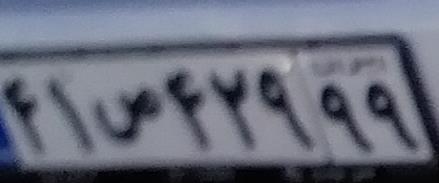
۴۱ص۴۲۹۹۹